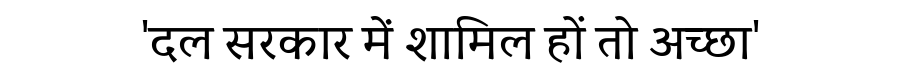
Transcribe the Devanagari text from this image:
'दल सरकार में शामिल हों तो अच्छा'